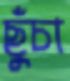
ছুঁচা